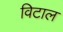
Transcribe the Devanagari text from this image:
विटाल